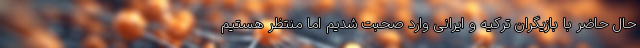
حال حاضر با بازیگران ترکیه و ایرانی وارد صحبت شدیم اما منتظر هستیم